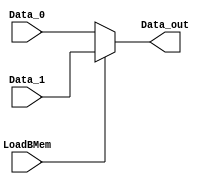
// MUX to select which comes from register and which from Mem[offset + rs][4-0]
module mux_LdB (
    input   wire    LoadBMem,
    input   wire    [31:0]  Data_0,     //  REG B
    input   wire    [31:0]  Data_1,     //  Mem[offset + rs]
    output  wire    [31:0]  Data_out
);

assign  Data_out    =   (LoadBMem) ? Data_1  :   Data_0;

endmodule